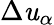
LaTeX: \Delta\mathit{u}_{\alpha}